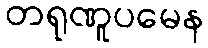
တရုဏူပမေန